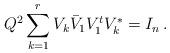
LaTeX: \begin{align*} Q^{2} \sum_{k=1}^{r} V_k \bar{V}_1 V_1^t V_k^* = I_n \,.\end{align*}